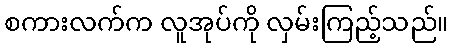
စကားလက်က လူအုပ်ကို လှမ်းကြည့်သည်။